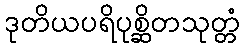
ဒုတိယပရိပုစ္ဆိတသုတ္တံ